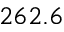
2 6 2 . 6